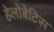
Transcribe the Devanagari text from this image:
हेलोबेटिस